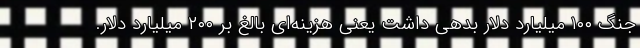
جنگ ۱۰۰ میلیارد دلار بدهی داشت یعنی هزینه‌ای بالغ بر ۲۰۰ میلیارد دلار.